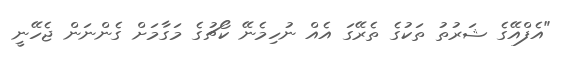
"އެފްއޭގެ ޝަރުތު ތަކުގެ ތެރޭގަ އެއް ނުހިމެނޭ ކޯޗުގެ މަގާމަށް ގެންނަން ޖެހޭނީ